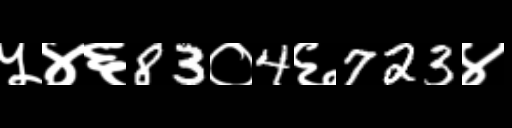
Text: ५४६83०4६723४